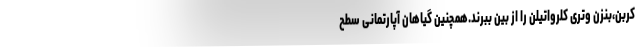
کربن،بنزن وتری کلرواتیلن را از بین ببرند.همچنین گیاهان آپارتمانی سطح